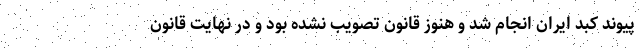
پیوند کبد ایران انجام شد و هنوز قانون تصویب نشده بود و در نهایت قانون